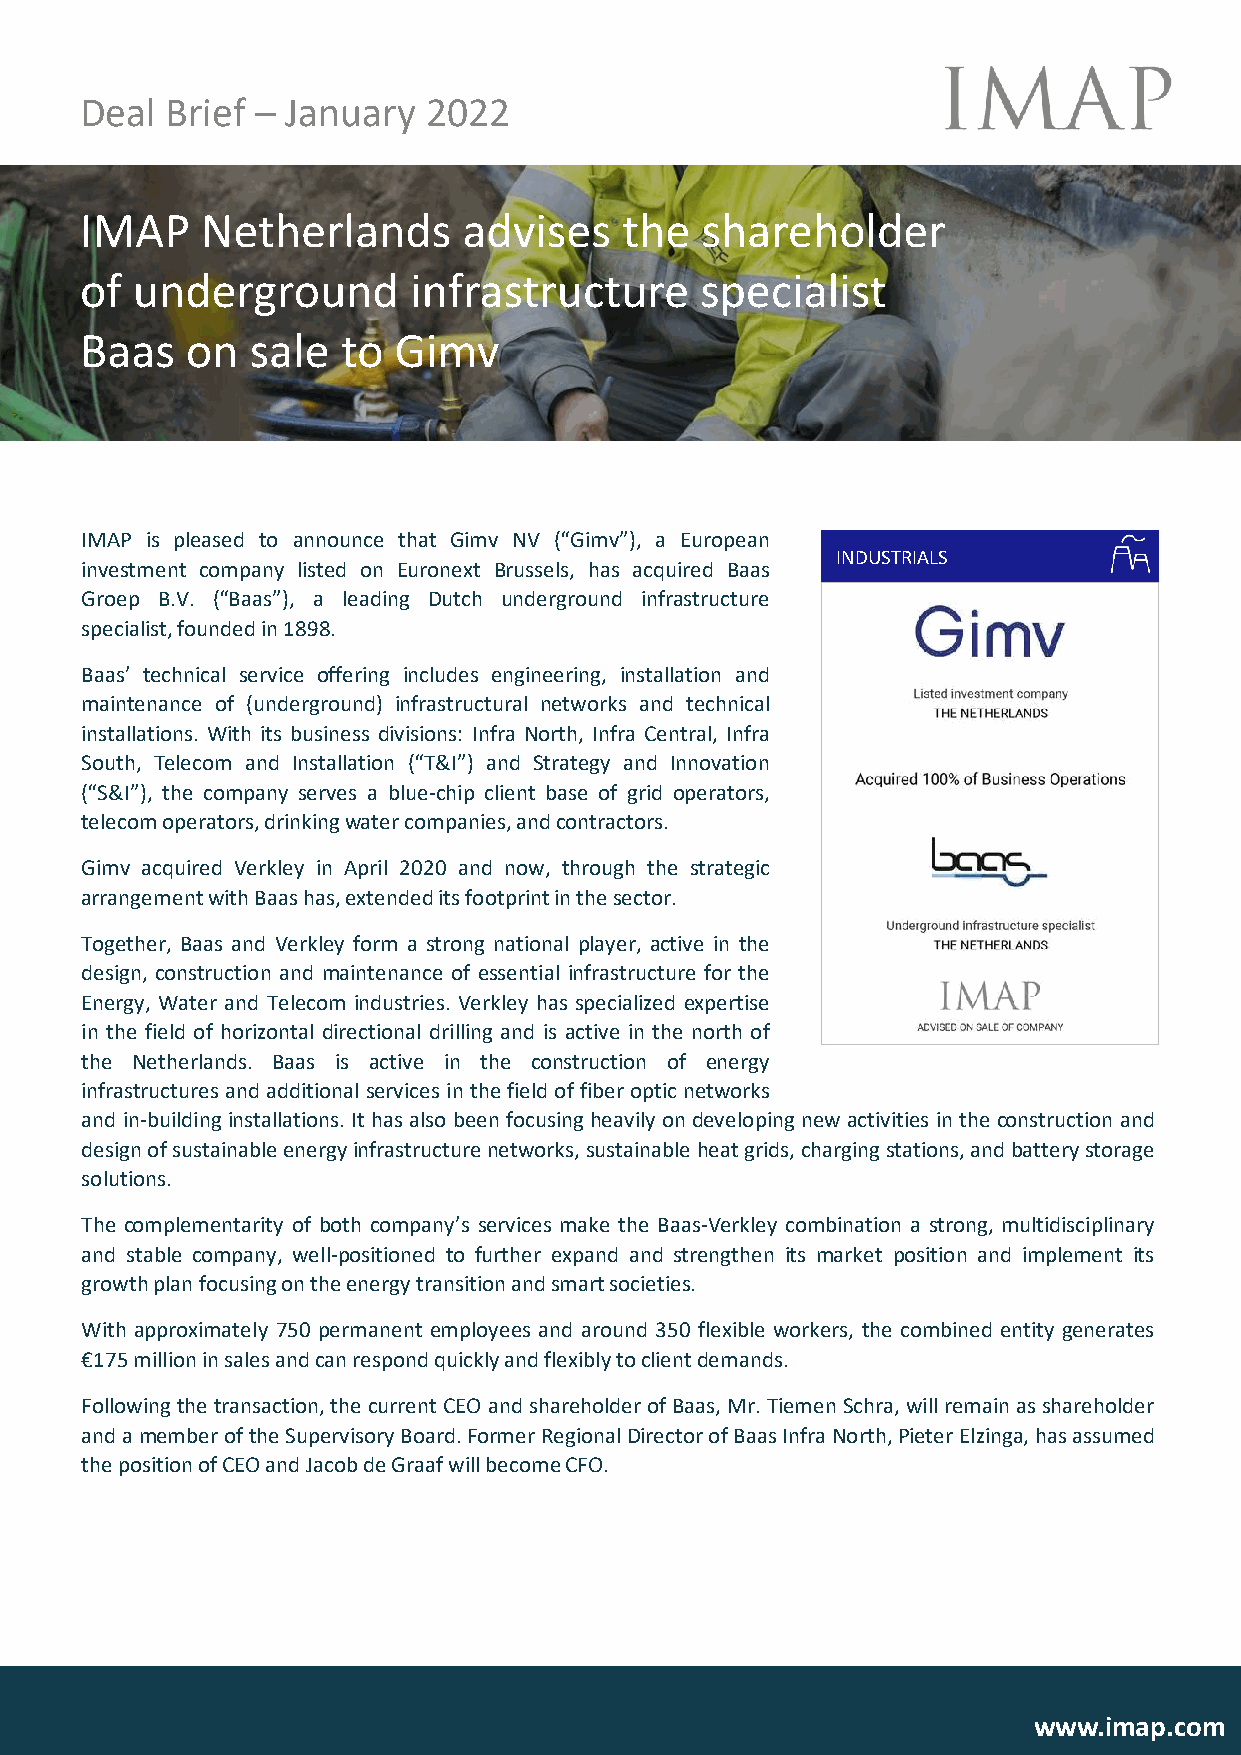
Deal  Brief – January  2022
 IMAP    Netherlands       advises   the  shareholder
 of  underground       infrastructure     specialist
 Baas   on   sale  to Gimv
 IMAP is pleased to announce that Gimv NV (“Gimv”), a European
 INDUSTRIALS
 investment company listed on Euronext Brussels, has acquired Baas
 Groep B.V. (“Baas”), a leading Dutch underground infrastructure
 specialist,foundedin1898.
 Baas’ technical service offering includes engineering, installation and
 maintenance of (underground) infrastructural networks and technical
 installations. With its business divisions: Infra North, Infra Central, Infra
 South, Telecom and Installation (“T&I”) and Strategy and Innovation
 (“S&I”), the company serves a blue-chip client base of grid operators,
 telecomoperators,drinkingwatercompanies,andcontractors.
 Gimv acquired Verkley in April 2020 and now, through the strategic
 arrangementwithBaashas,extendeditsfootprintinthesector.
 Together, Baas and Verkley form a strong national player, active in the
 design, construction and maintenance of essential infrastructure for the
 Energy, Water and Telecom industries. Verkley has specialized expertise
 in the field of horizontal directional drilling and is active in the north of
 the Netherlands. Baas is active in the construction of energy
 infrastructures andadditionalservices inthe fieldof fiberoptic networks
 and in-buildinginstallations. It has also been focusingheavily on developing new activities inthe constructionand
 designofsustainableenergyinfrastructurenetworks,sustainableheatgrids,chargingstations,andbatterystorage
 solutions.
 The complementarity of both company’s services make the Baas-Verkley combination a strong, multidisciplinary
 and stable company, well-positioned to further expand and strengthen its market position and implement its
 growthplanfocusingontheenergytransitionandsmartsocieties.
 With approximately 750 permanent employees and around 350 flexible workers, the combined entity generates
 €175millioninsalesandcanrespondquicklyandflexiblytoclientdemands.
 Followingthetransaction,thecurrent CEOandshareholderofBaas,Mr.TiemenSchra,willremainas shareholder
 andamemberoftheSupervisoryBoard.FormerRegionalDirectorofBaasInfraNorth,PieterElzinga,hasassumed
 thepositionofCEOandJacobdeGraafwillbecomeCFO.
 www.imap.com